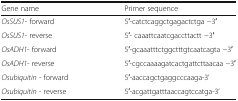
<table><thead><tr><td><b>Gene name</b></td><td><b>Primer sequence</b></td></tr></thead><tbody><tr><td><i>OsSUS1</i>- forward</td><td>5′-catctcaggctgagactctga −3′</td></tr><tr><td><i>OsSUS1</i>- reverse</td><td>5′- caaattcaatcgaccttactt −3′</td></tr><tr><td><i>OsADH1</i>- forward</td><td>5′-gcaaatttctggctttgtcaatcagta −3′</td></tr><tr><td><i>OsADH1</i>- reverse</td><td>5′-cgccaaaagatcactgattcttaacaa −3′</td></tr><tr><td><i>Osubiquitin</i> - forward</td><td>5′-aaccagctgaggcccaaga-3’</td></tr><tr><td><i>Osubiquitin</i> - reverse</td><td>5′-acgattgatttaaccagtccatga-3’</td></tr></tbody></table>